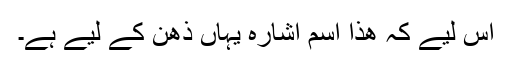
اِس لیے کہ ھذا اسم اشارہ یہاں ذھن کے لیے ہے۔